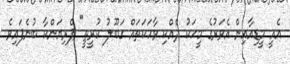
އެއީ މީޑިއާއިން އެވަރުގެ މީހަކު ދެއްކި ވާހަކަތައް ގަބޫލު ކުރީތީ" ޕްރިޔަންކާ ބުނެފައިވެ